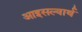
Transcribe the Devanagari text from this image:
आइसल्वार्थ